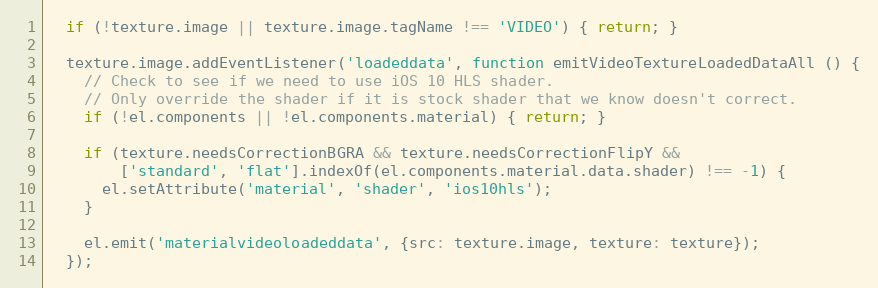
Language: JavaScript
  if (!texture.image || texture.image.tagName !== 'VIDEO') { return; }

  texture.image.addEventListener('loadeddata', function emitVideoTextureLoadedDataAll () {
    // Check to see if we need to use iOS 10 HLS shader.
    // Only override the shader if it is stock shader that we know doesn't correct.
    if (!el.components || !el.components.material) { return; }

    if (texture.needsCorrectionBGRA && texture.needsCorrectionFlipY &&
        ['standard', 'flat'].indexOf(el.components.material.data.shader) !== -1) {
      el.setAttribute('material', 'shader', 'ios10hls');
    }

    el.emit('materialvideoloadeddata', {src: texture.image, texture: texture});
  });